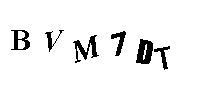
BVM7DT